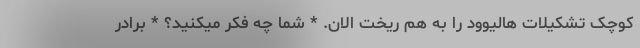
کوچک تشکیلات هالیوود را به هم ریخت الان. * شما چه فکر میکنید؟ * برادر